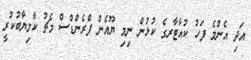
އަދި އެންމެ ފަހު ކުއާޓާރގެ ކުޅުން ނިމި ޔޫއެން ފްރެންޑްސް މެޗު ކާމިޔާބުކުރީ